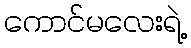
ကောင်မလေးရဲ့